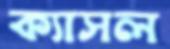
ক্যাসল